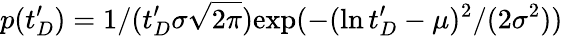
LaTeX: p(t_{D}^{\prime})=1/(t_{D}^{\prime}\sigma\sqrt{2\pi})\mathrm{exp}(-(\ln t_{D}^{\prime}-\mu)^{2}/(2\sigma^{2}))